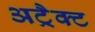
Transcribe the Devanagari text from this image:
अट्रैक्ट